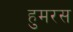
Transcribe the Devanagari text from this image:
हुमरस